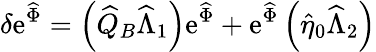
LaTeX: \delta\mathrm{e}^{\widehat{{\Phi}}}=\left(\widehat{{Q}}_{B}\widehat{{\Lambda}}_{1}\right)\mathrm{e}^{\widehat{{\Phi}}}+\mathrm{e}^{\widehat{{\Phi}}}\left(\widehat{{\eta}}_{0}\widehat{{\Lambda}}_{2}\right)